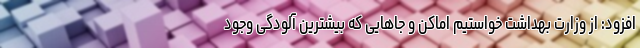
افزود: از وزارت بهداشت خواستیم اماکن و جا‌هایی که بیشترین آلودگی وجود